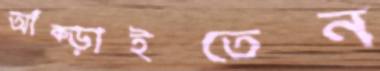
আঁক্‌ড়াইতেন